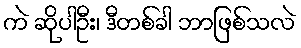
ကဲ ဆိုပါဦး၊ ဒီတစ်ခါ ဘာဖြစ်သလဲ